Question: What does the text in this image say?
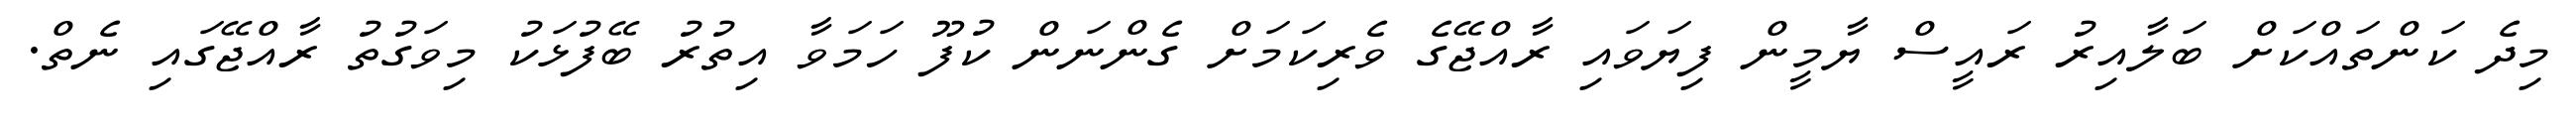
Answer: މިދެ ކަންތައްކަށް ބަލާއިރު ރައީސް ޔާމީން ފިޔަވައި ރާއްޖޭގެ ވެރިކަމަށް ގެންނަން ކުފޫ ހަމަވާ އިތުރު ބޭފުޅަކު މިވަގުތު ރާއްޖޭގައި ނެތް.